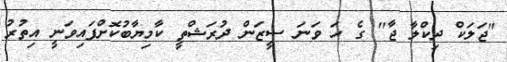
"ޖަލަކް ދިކްލާ ޖާ" ގެ ހަ ވަނަ ސީޒަން ދުރަޝްތީ ކާމިޔާބުކޮށްފައިވަނީ އިތުރު